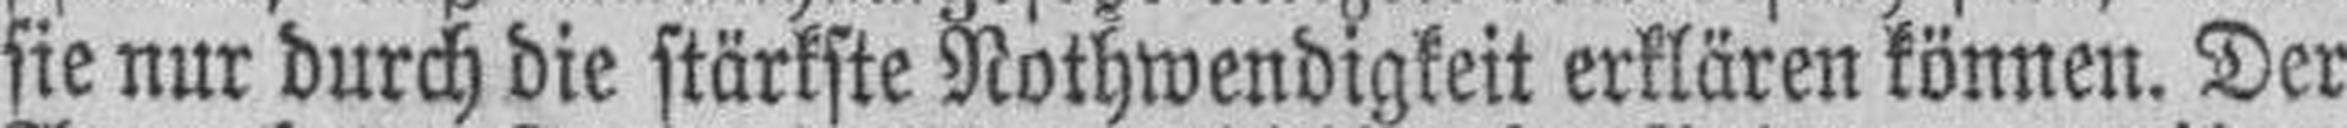
sie nur durch die stärkste Nothwendigkeit erklären können. Der